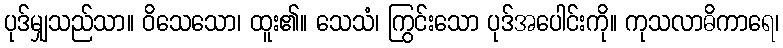
ပုဒ်မျှသည်သာ။ ဝိသေသော၊ ထူး၏။ သေသံ၊ ကြွင်းသော ပုဒ်အပေါင်းကို။ ကုသလာဓိကာရေ၊